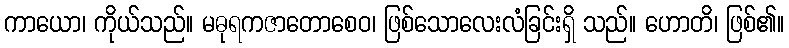
ကာယော၊ ကိုယ်သည်။ မဓုရကဇာတောစေဝ၊ ဖြစ်သောလေးလံခြင်းရှိ သည်။ ဟောတိ၊ ဖြစ်၏။